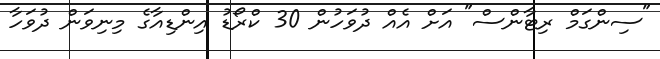
"ސިންގަމް ރިޓާންސް" އަށް އެއް ދުވަހުން 30 ކްރޯޑު އިންޑިއާގެ މިނިވަން ދުވަހާ